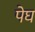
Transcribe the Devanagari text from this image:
पेघ